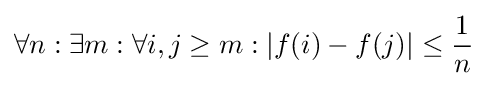
\forall n:\exists m:\forall i,j\geq m:|f(i)-f(j)|\leq {1 \over n}